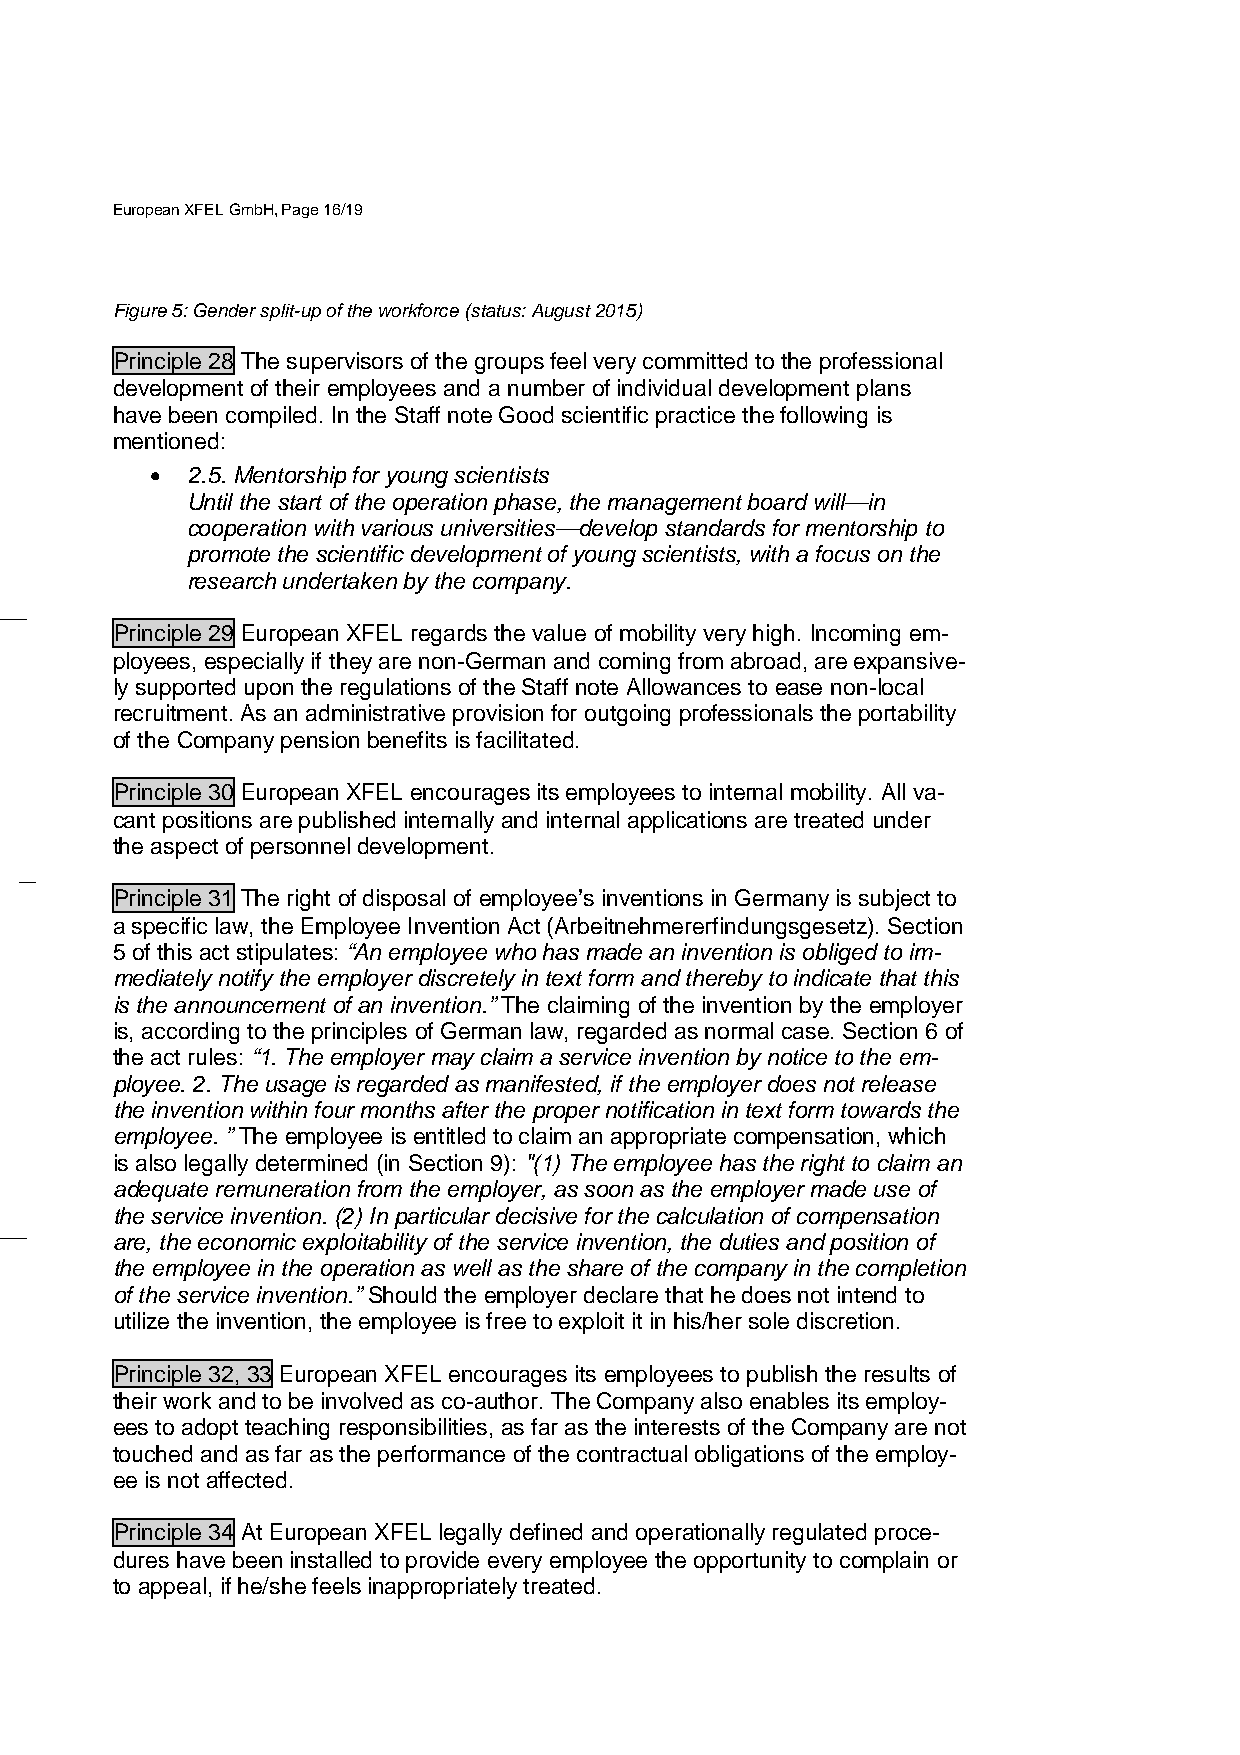
European XFEL GmbH, Page 16/19
 Figure 5: Gender split-up of the workforce (status: August 2015)
 Principle 28 The supervisors of the groups feel very committed to the professional
 development of their employees and a number of individual development plans
 have been compiled. In the Staff note Good scientific practice the following is
 mentioned:
 • 2.5. Mentorship for young scientists
 Until the start of the operation phase, the management board will—in
 cooperation with various universities—develop standards for mentorship to
 promote the scientific development of young scientists, with a focus on the
 research undertaken by the company.
 Principle 29 European XFEL regards the value of mobility very high. Incoming em-
 ployees, especially if they are non-German and coming from abroad, are expansive-
 ly supported upon the regulations of the Staff note Allowances to ease non-local
 recruitment. As an administrative provision for outgoing professionals the portability
 of the Company pension benefits is facilitated.
 Principle 30 European XFEL encourages its employees to internal mobility. All va-
 cant positions are published internally and internal applications are treated under
 the aspect of personnel development.
 Principle 31 The right of disposal of employee’s inventions in Germany is subject to
 a specific law, the Employee Invention Act (Arbeitnehmererfindungsgesetz). Section
 5 of this act stipulates: “An employee who has made an invention is obliged to im-
 mediately notify the employer discretely in text form and thereby to indicate that this
 is the announcement of an invention.” The claiming of the invention by the employer
 is, according to the principles of German law, regarded as normal case. Section 6 of
 the act rules: “1. The employer may claim a service invention by notice to the em-
 ployee. 2. The usage is regarded as manifested, if the employer does not release
 the invention within four months after the proper notification in text form towards the
 employee. ” The employee is entitled to claim an appropriate compensation, which
 is also legally determined (in Section 9): "(1) The employee has the right to claim an
 adequate remuneration from the employer, as soon as the employer made use of
 the service invention. (2) In particular decisive for the calculation of compensation
 are, the economic exploitability of the service invention, the duties and position of
 the employee in the operation as well as the share of the company in the completion
 of the service invention.” Should the employer declare that he does not intend to
 utilize the invention, the employee is free to exploit it in his/her sole discretion.
 Principle 32, 33 European XFEL encourages its employees to publish the results of
 their work and to be involved as co-author. The Company also enables its employ-
 ees to adopt teaching responsibilities, as far as the interests of the Company are not
 touched and as far as the performance of the contractual obligations of the employ-
 ee is not affected.
 Principle 34 At European XFEL legally defined and operationally regulated proce-
 dures have been installed to provide every employee the opportunity to complain or
 to appeal, if he/she feels inappropriately treated.